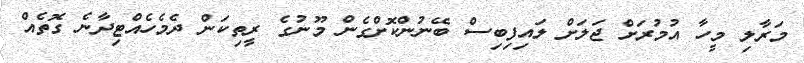
މަރާލި މީހާ އުމުރަށް ޖަލަށް ލައިފިބިސް ބޭނުންކޮށްގެން މޫނުގެ ރީތިކަން ދެމެހެއްޓިދާނެ ގޮތެއް